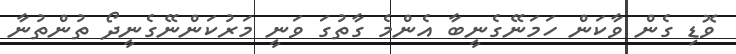
ވޮޑި ގެން ވާކަން ހަމަނޭގެނީބާ އެންމެ ގާތުގަ ވަނީ މަރުކަންނޭގެނީދޯ ތުންތުނާ